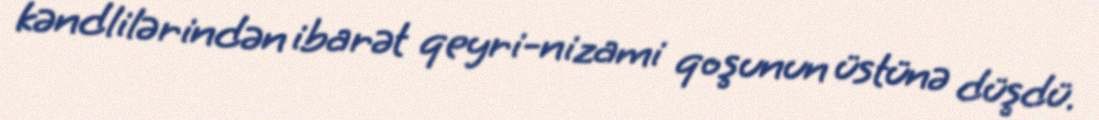
kəndlilərindən ibarət qeyri-nizami qoşunun üstünə düşdü.